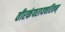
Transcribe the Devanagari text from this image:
वीरकंपरायचरितम्